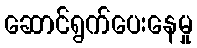
ဆောင်ရွက်ပေးနေမှု